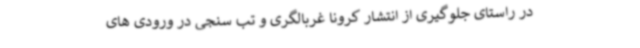
در راستای جلوگیری از انتشار کرونا غربالگری و تب سنجی در ورودی های